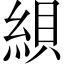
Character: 𦁀